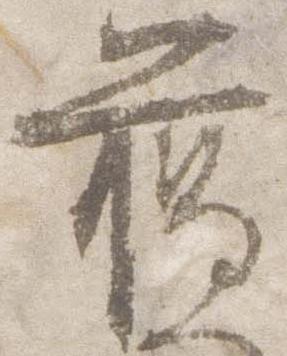
臈